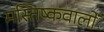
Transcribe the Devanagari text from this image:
मस्तिष्कवालों